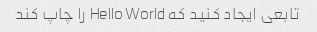
تابعی ایجاد کنید که Hello World را چاپ کند